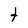
Character: t